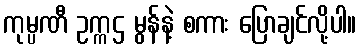
ကုမ္ပဏီ ဥက္ကဌ မွန်နဲ့ စကား ပြောချင်လို့ပါ။